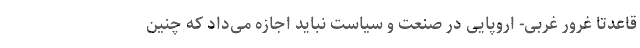
قاعدتاً غرور غربی- اروپایی در صنعت و سیاست نباید اجازه می­داد که چنین